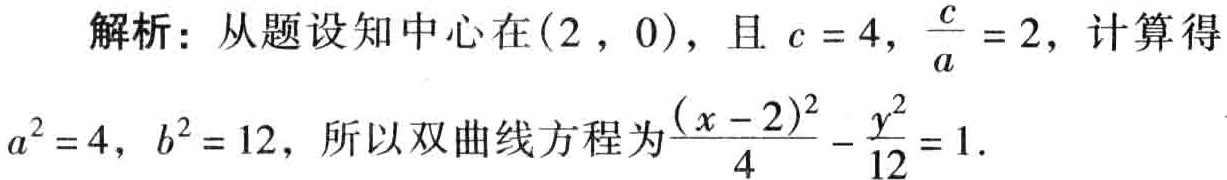
解析：从题设知中心在\((2,0)\)，且 \(c = 4\)，\(\frac{c}{a} = 2\)，计算得\(a^{2} = 4\)，\(b^{2} = 12\)，所以双曲线方程为\(\frac{(x - 2)^{2}}{4} - \frac{y^{2}}{12} = 1\).